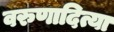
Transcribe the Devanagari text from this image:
वरुणादित्या